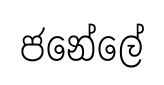
ජනේලේ